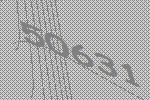
50631